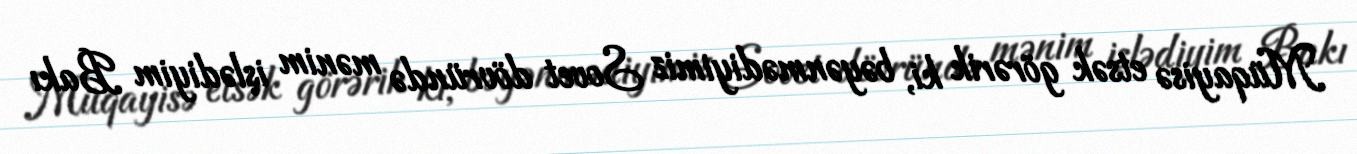
Müqayisə etsək görərik ki, bəyənmədiyimiz Sovet dövründə mənim işlədiyim Bakı